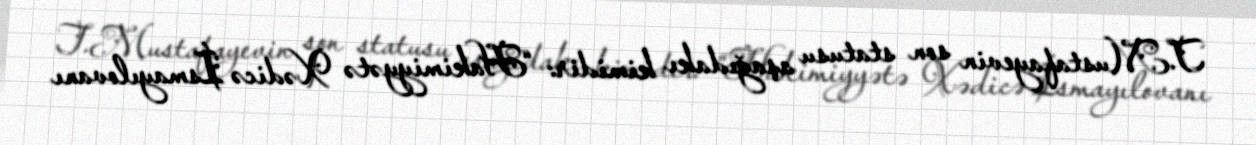
T.Mustafayevin son statusu aşağıdakı kimidir: “Hakimiyyətə Xədicə İsmayılovanı